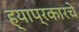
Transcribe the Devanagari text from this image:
ह्याप्रकारचे